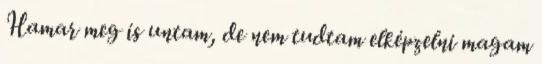
Hamar meg is untam, de nem tudtam elképzelni magam